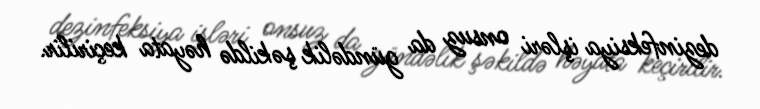
dezinfeksiya işləri onsuz da gündəlik şəkildə həyata keçirilir.